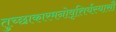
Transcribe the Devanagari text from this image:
तुच्छाकारमनोवृत्तिर्यस्यासौ